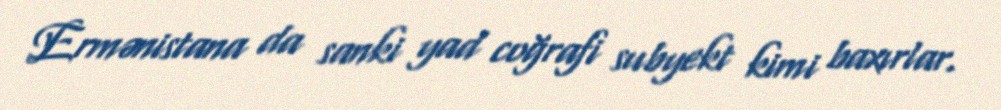
Ermənistana da sanki yad coğrafi subyekt kimi baxırlar.